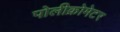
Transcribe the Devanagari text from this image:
पोलीक्रोमेटर